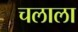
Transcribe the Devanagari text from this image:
चलाला